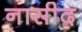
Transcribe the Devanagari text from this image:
नासीद